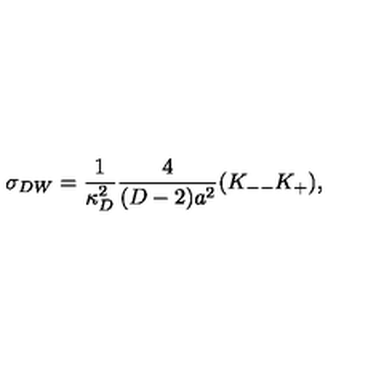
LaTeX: \sigma _ { D W } = { \frac { 1 } { \kappa _ { D } ^ { 2 } } } { \frac { 4 } { ( D - 2 ) a ^ { 2 } } } ( K _ { -- } K _ { + } ) ,